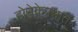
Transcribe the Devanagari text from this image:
होनेकेपश्चात्